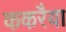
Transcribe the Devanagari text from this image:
ककरैया